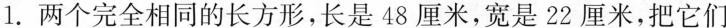
1.两个完全相同的长方形，长是48厘米，宽是22厘米，把它们